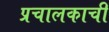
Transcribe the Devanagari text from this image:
प्रचालकाची